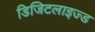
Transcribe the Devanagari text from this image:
डिजिटलाइज्ड